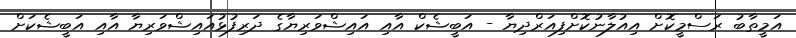
އަމީތާބު ރަސްމީކޮށް އިއުލާނުކޮށްފިއަރްދިޔާ - އަބީޝެކް އާއި އައިޝްވަރިޔާގެ ދަރިފުޅުއައިޝްވަރިޔާ އާއި އަބީޝެކަށް